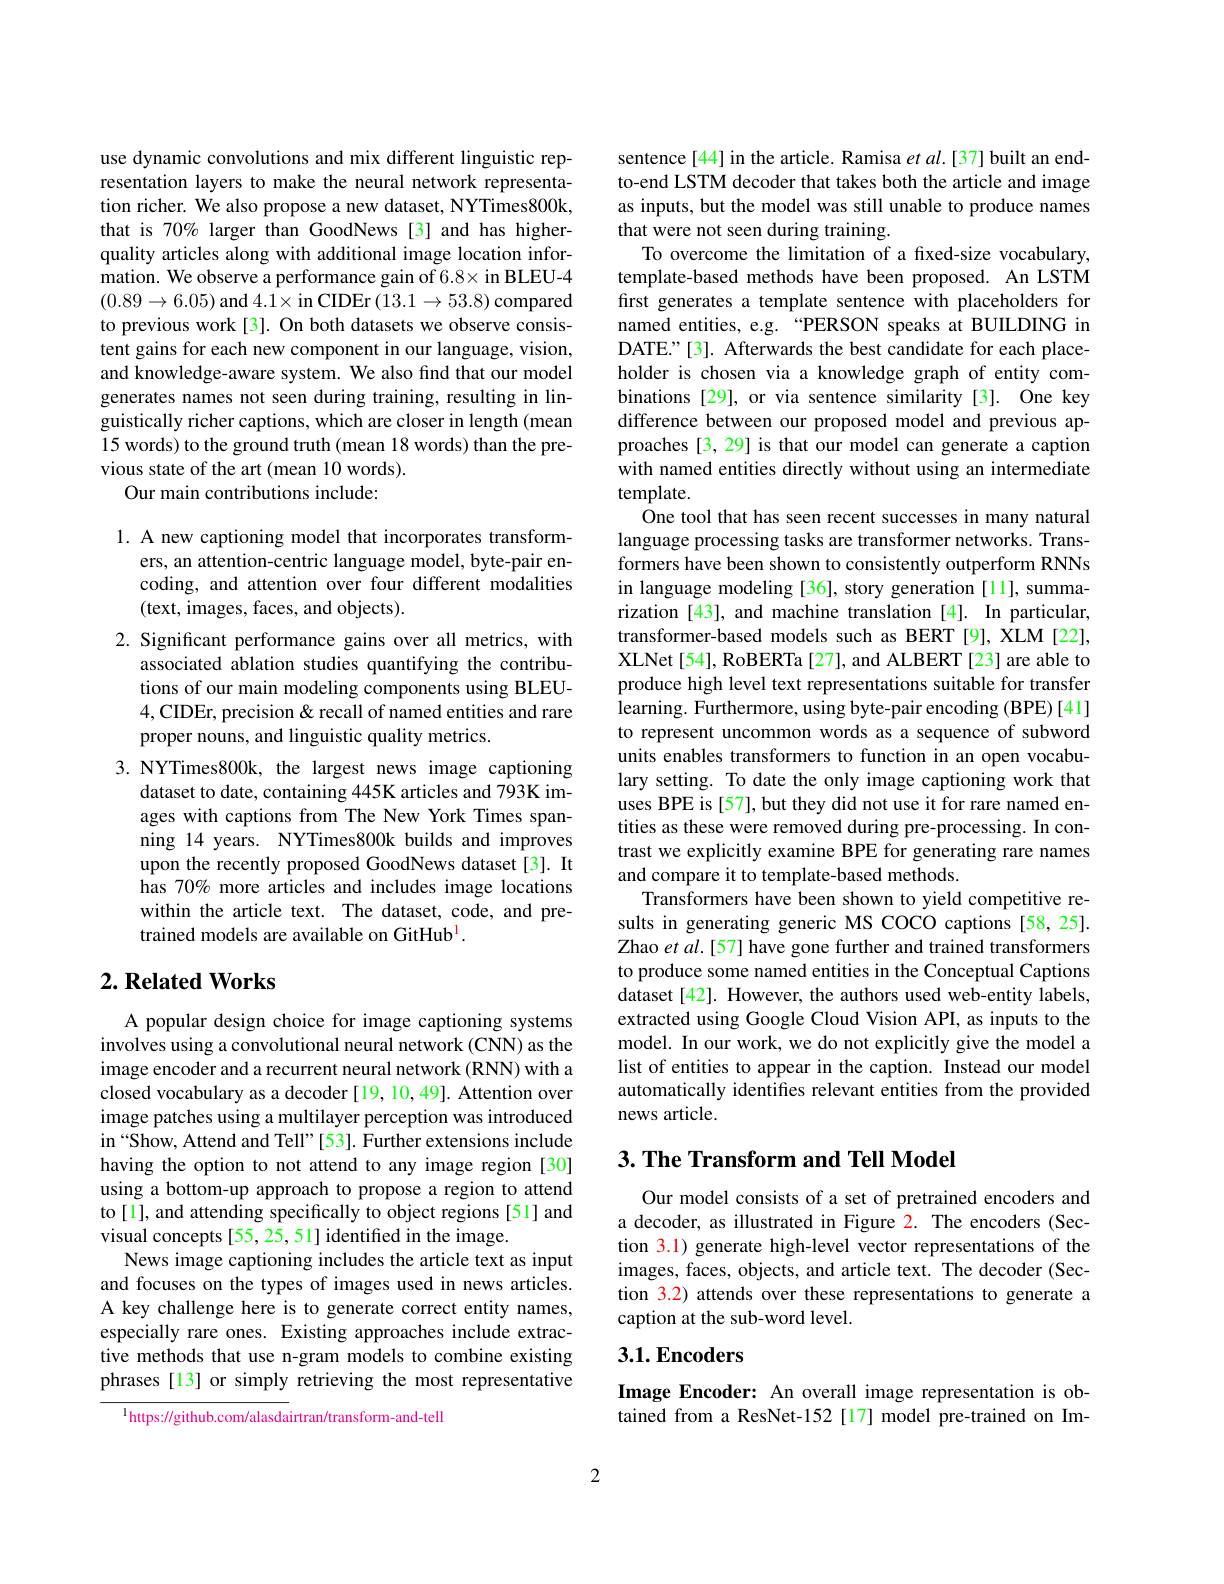
use dynamic convolutions and mix different linguistic representation layers to make the neural network representation richer. We also propose a new dataset, NYTimes800k, that is 70% larger than GoodNews [3] and has higherquality articles along with additional image location information. We observe a performance gain of 6.8× in BLEU-4 $(0.89\to6.05)$ and $4.1\times$in CIDEr$(13.1\to53.8)$ compared to previous work[3]. On both datasets we observe consistent gains for each new component in our language, vision, and knowledge-aware system. We also find that our model generates names not seen during training, resulting in linguistically richer captions, which are closer in length (mean 15 words) to the ground truth (mean 18 words) than the previous state of the art (mean 10 words).
Our main contributions include:

1. A new captioning model that incorporates transform-
ers, an attention-centric language model, byte-pair encoding, and attention over four different modalities (text, images, faces, and objects).
2. Significant performance gains over all metrics, with
associated ablation studies quantifying the contributions of our main modeling components using BLEU- 4,CIDEr, precision & recall of named entities and rare proper nouns, and linguistic quality metrics.
3.NYTimes800k, the largest news image captioning
dataset to date, containing 445K articles and 793K images with captions from The New York Times spanning 14 years. NYTimes800k builds and improves upon the recently proposed GoodNews dataset[3]. It has 70% more articles and includes image locations within the article text. The dataset, code, and pretrained models are available on GitHub$^{\mathrm{l}}.$

## $2. \textbf{Related Works}$

A popular design choice for image captioning systems involves using a convolutional neural network (CNN) as the image encoder and a recurrent neural network (RNN) with a closed vocabulary as a decoder [19,10,49]. Attention over image patches using a multilayer perception was introduced in“Show, Attend and Tell”[53]. Further extensions include having the option to not attend to any image region [30] using a bottom-up approach to propose a region to attend to [1], and attending specifically to object regions [51] and visual concepts[55, 25, 51] identified in the image.
News image captioning includes the article text as input and focuses on the types of images used in news articles. A key challenge here is to generate correct entity names, especially rare ones. Existing approaches include extractive methods that use n-gram models to combine existing phrases [13] or simply retrieving the most representative

$^{\mathrm{l}}$https://github.com/alasdairtran/transform-and-tell

sentence[44] in the article. Ramisa $et\textit{al. [ 37] built an end- }$ to-end LSTM decoder that takes both the article and image as inputs, but the model was still unable to produce names that were not seen during training.
To overcome the limitation of a fxed-size vocabulary, template-based methods have been proposed. An LSTM first generates a template sentence with placeholders for named entities, e.g. “PERSON speaks at BUILDING in DATE."[3]. Afterwards the best candidate for each placeholder is chosen via a knowledge graph of entity combinations [29], or via sentence similarity [3]. One key difference between our proposed model and previous approaches [3, 29] is that our model can generate a caption with named entities directly without using an intermediate template.
One tool that has seen recent successes in many natural language processing tasks are transformer networks. Transformers have been shown to consistently outperform RNNs in language modeling [36], story generation [11], summarization [43], and machine translation [4]. In particular, transformer-based models such as BERT [9], XLM [22], XLNet [54], RoBERTa [27], and ALBERT [23] are able to produce high level text representations suitable for transfer learning. Furthermore, using byte-pair encoding (BPE)[41] to represent uncommon words as a sequence of subword units enables transformers to function in an open vocabulary setting. To date the only image captioning work that uses BPE is [57], but they did not use it for rare named entities as these were removed during pre-processing. In contrast we explicitly examine BPE for generating rare names and compare it to template-based methods.
Transformers have been shown to yield competitive results in generating generic MS COCO captions[58,25]. Zhao et al.[57] have gone further and trained transformers to produce some named entities in the Conceptual Captions dataset [42]. However, the authors used web-entity labels, extracted using Google Cloud Vision API, as inputs to the model. In our work, we do not explicitly give the model a list of entities to appear in the caption. Instead our model automatically identifies relevant entities from the provided news article.

## 3. The Transform and Tell Model

Our model consists of a set of pretrained encoders and a decoder, as illustrated in Figure $\color{red}{2.}$ The encoders (Section 3.1) generate high-level vector representations of the images, faces, objects, and article text. The decoder (Section 3.2) attends over these representations to generate a caption at the sub-word level.

## 3.1.Encoders

Image Encoder: An overall image representation is obtained from a ResNet-152 [17] model pre-trained on Im-

2